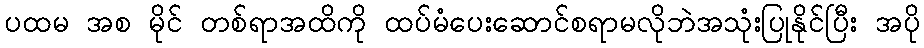
ပထမ အစ မိုင် တစ်ရာအထိကို ထပ်မံပေးဆောင်စရာမလိုဘဲအသုံးပြုနိုင်ပြီး အပို